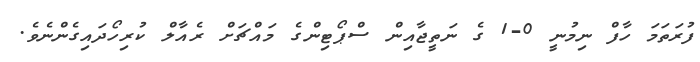
ފުރަތަމަ ހާފް ނިމުނީ 0-1 ގެ ނަތީޖާއިން ސްޕޯޓިންގެ މައްޗަށް ރެއާލް ކުރިހޯދައިގެންނެވެ.